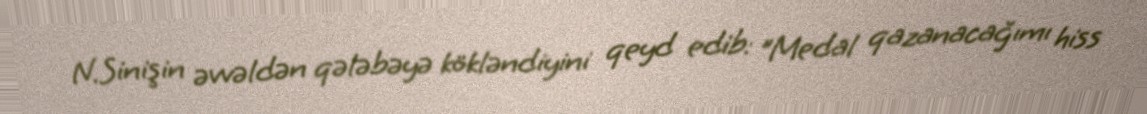
N.Sinişin əvvəldən qələbəyə kökləndiyini qeyd edib: "Medal qazanacağımı hiss